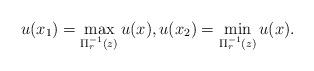
LaTeX: \begin{align*}u(x_1)=\max_{\Pi_r^{-1} (z)} u(x),u(x_2)=\min_{\Pi_{r}^{-1} (z)} u(x).\end{align*}